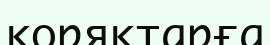
коряктарға